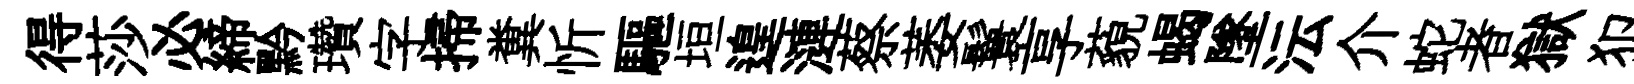
得莎必締黔瓚字掃糞忻驅垣遑漣蔡萎鬟享藐蝎墜沄介蛇者獄犯